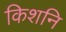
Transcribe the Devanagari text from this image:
किशनि